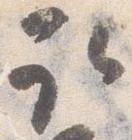
取